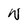
Character: W